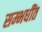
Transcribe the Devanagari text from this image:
सम्भधींत